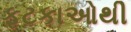
ફટકાઓથી